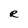
Character: R